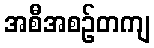
အစီအစဉ်တကျ